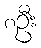
၈ဦး